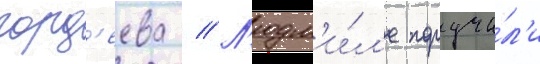
горд'еева // Л'юдм'и́л'е поручи́л'и